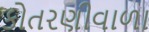
કોતરણીવાળા